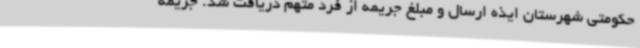
حکومتی شهرستان ایذه ارسال و مبلغ جریمه از فرد متهم دریافت شد. جریمه